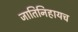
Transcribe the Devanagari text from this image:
जातिनिहायच